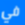
في